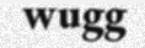
wugg